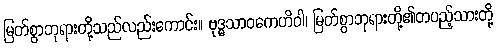
မြတ်စွာဘုရားတို့သည်လည်းကောင်း။ ဗုဒ္ဓသာဝကေဟိဝါ၊ မြတ်စွာဘုရားတို့၏တပည့်သားတို့